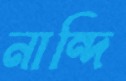
নান্দি